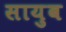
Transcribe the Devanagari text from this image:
सायुब